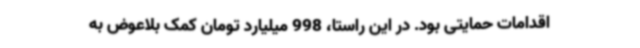
اقدامات حمایتی بود. در این راستا، 998 میلیارد تومان کمک بلاعوض به